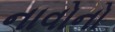
નાવોનો